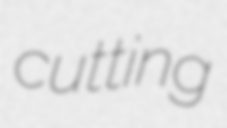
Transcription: cutting